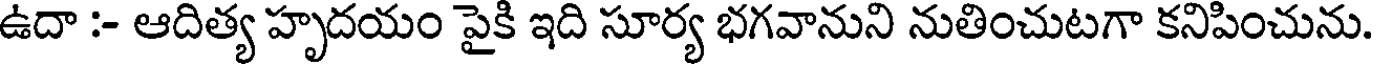
ఉదా :- ఆదిత్య హృదయం పైకి ఇది సూర్య భగవానుని నుతించుటగా కనిపించును